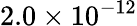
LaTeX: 2.0\times 10^{-12}